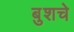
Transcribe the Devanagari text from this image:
बुशचे